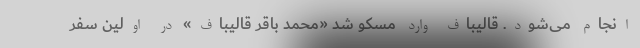
انجام می‌شود. قالیباف وارد مسکو شد «محمد باقر قالیباف» در اولین سفر